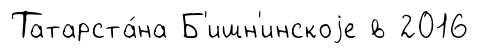
Татарста́на Б'ишн'инскоjе в 2016